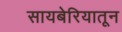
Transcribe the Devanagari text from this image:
सायबेरियातून